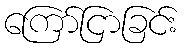
ကြော်ငြာခြင်း